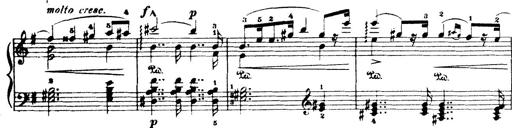
Title: Wagner-Liszt Album
Composer: Franz Liszt